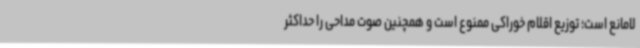
لامانع است؛ توزیع اقلام خوراکی ممنوع است و همچنین صوت مداحی را حداکثر